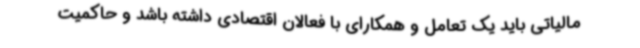
مالیاتی باید یک تعامل و همکارای با فعالان اقتصادی داشته باشد و حاکمیت